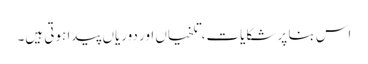
اس بنا پر شکایات، تلخیاں اور دوریاں پیدا ہوتی ہیں۔